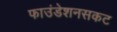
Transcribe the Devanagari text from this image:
फाउंडेशनसकट